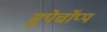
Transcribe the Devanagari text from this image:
सुपेर्चोप्प